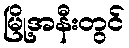
မြို့အနီးတွင်